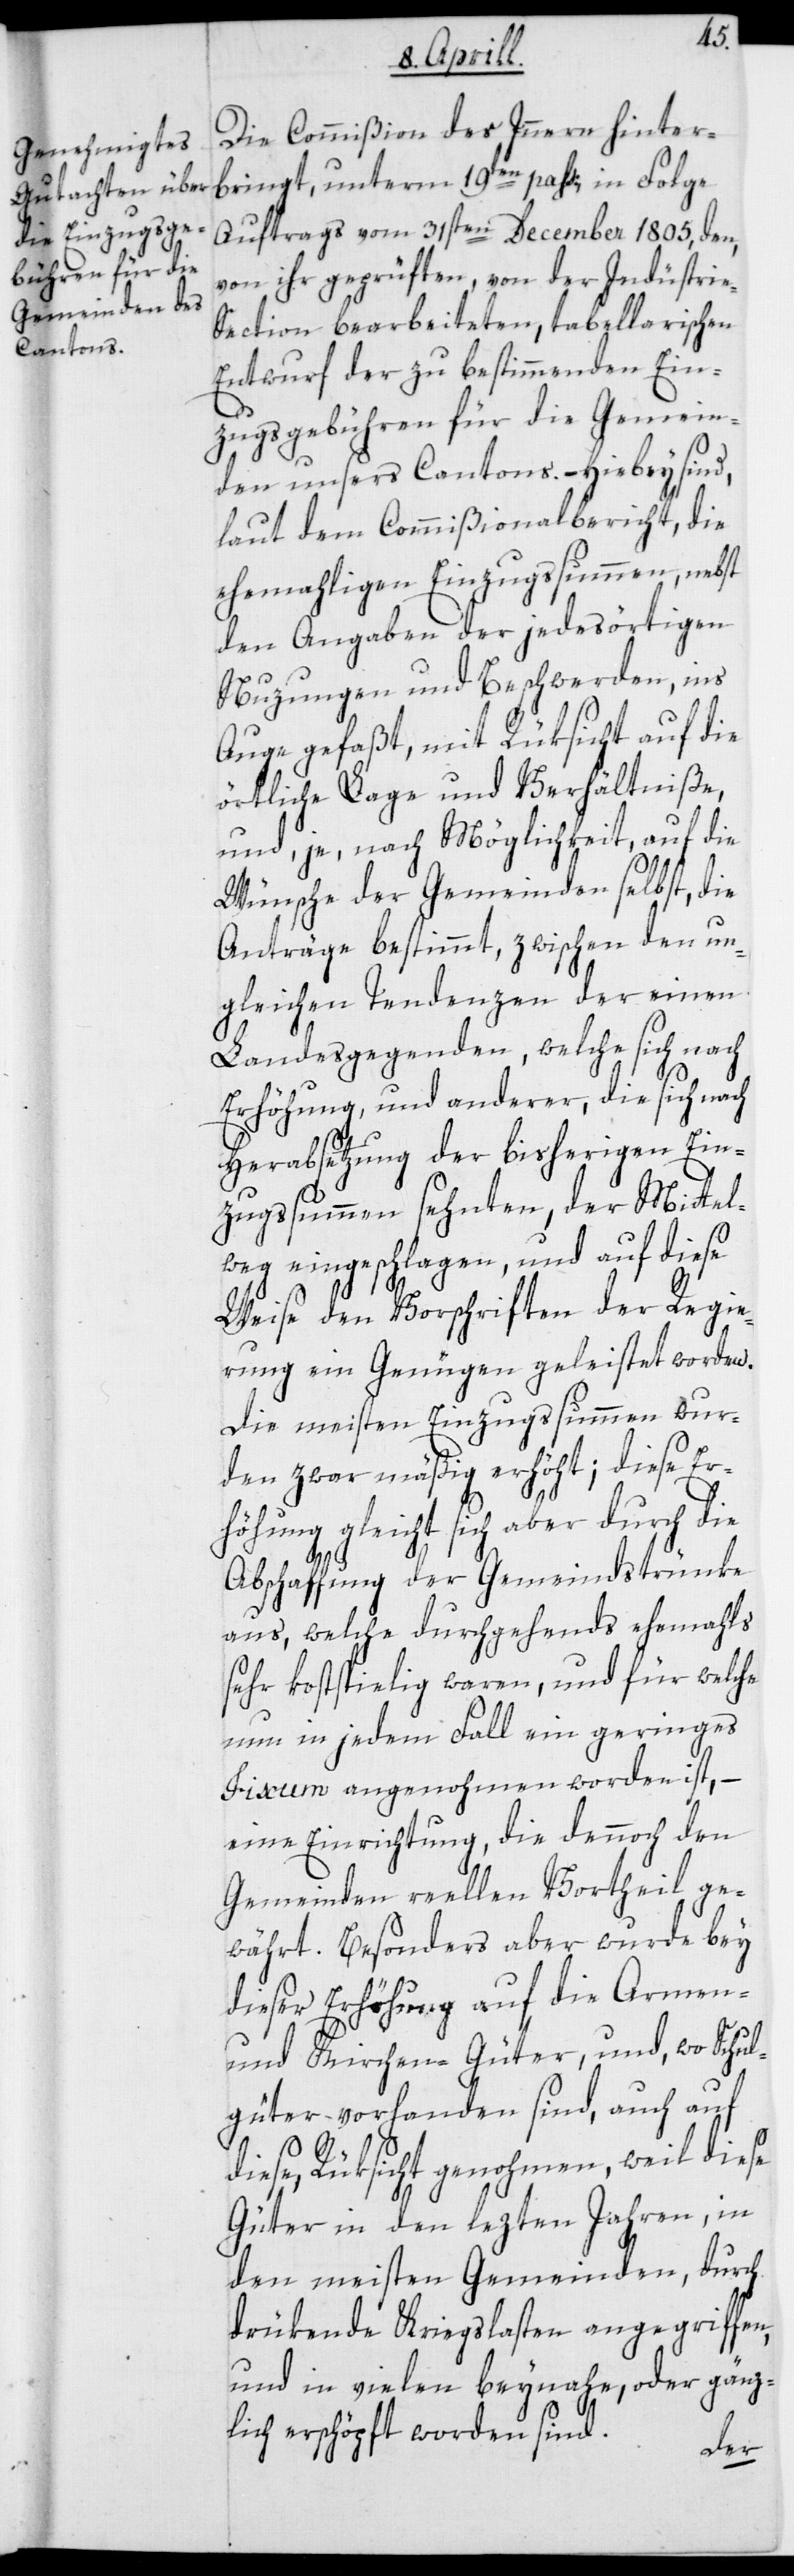
Die Commißion des Innern hinter¬
bringt unterm 19ten pass., in Folge
Auftrags vom 31sten December 1805 den,
von ihr geprüften, von der Industri¬
e-Section bearbeiteten, tabellarischen
Entwurf der zu bestimmenden Ein¬
zugsgebühren für die Gemein¬
den unsers Cantons. – Hiebey sind,
laut dem Commißionalbericht, die
ehemaligen Einzugssummen, nebst
den Angaben der jedesörtigen
Nuzungen und Beschwerden, ins
Auge gefaßt, mit Rüksicht auf die
örtliche Lage und Verhältniße,
und je, nach Möglichkeit, auf die
Wünsche der Gemeinden selbst, die
Anträge bestimmt, zwischen den un¬
gleichen Tendenzen der einen
Landesgegenden, welche sich nach
Erhöhung, und anderer, die sich nach
Herabsetzung der bisherigen Ein¬
zugssummen sehnten, der Mittel¬
weg eingeschlagen, und auf diese
Weise den Vorschriften der Regie¬
rung ein Genügen geleistet worden.
Die meisten Einzugssummen wur¬
den zwar mäßig erhöht, diese Er¬
höhung gleicht sich aber durch die
Abschaffung der Gemeindstrünke
aus, welche durchgehends ehemahls
sehr kostspielig waren, und für welche
nun in jedem Fall ein geringes
Fixum angenohmen worden ist,
eine Einrichtung, die dennoch den
Gemeinden reellen Vortheil ge¬
währt. Besonders aber wurde bey
dieser Erhöhung auf die Armen-
und Kirchengüter, und wo Schul¬
güter vorhanden sind, auch auf
diese, Rüksicht genohmen, weil diese
Güter in den lezten Jahren in
den meisten Gemeinden durch
drükende Kriegslasten angegriffen
und in vielen beynahe oder gänz¬
lich erschöpft worden sind.